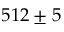
5 1 2 \pm 5